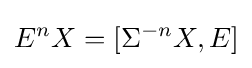
\displaystyle E^{n}X=[\Sigma ^{-n}X,E]